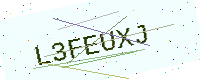
Text: L3FEUXJ